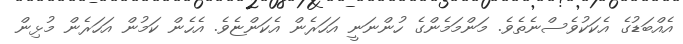
އެއްބަޑުގެ އެކަކުވެސްނެތެވެ. މަންމަމެންގެ ހުންނަނީ އަހަރެން އެކަންޏެވެ. އެހެން ކަމުން އަހަރެން މުޅިން